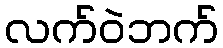
လက်ဝဲဘက်